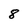
Character: 8